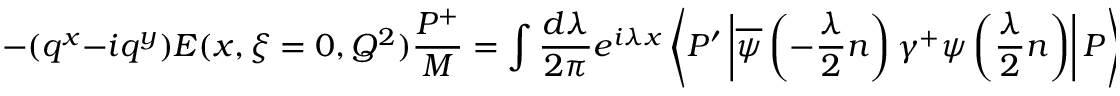
- ( q ^ { x } - i q ^ { y } ) E ( x , \xi = 0 , Q ^ { 2 } ) \frac { P ^ { + } } { M } = \int \frac { d \lambda } { 2 \pi } e ^ { i \lambda x } \left\langle P ^ { \prime } \left| \overline { { \psi } } \left( - \frac { \lambda } { 2 } n \right) \gamma ^ { + } \psi \left( \frac { \lambda } { 2 } n \right) \right| P \right\rangle \ .